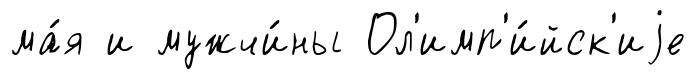
ма́я и мужчи́ны Ол'имп'и́йск'иjе